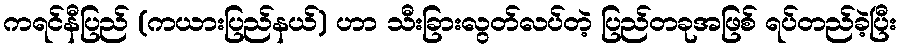
ကရင်နီပြည် (ကယားပြည်နယ်) ဟာ သီးခြားလွတ်လပ်တဲ့ ပြည်တခုအဖြစ် ရပ်တည်ခဲ့ပြီး